Medical and sanitary report of the native army of Bengal for the year
Year: 1875
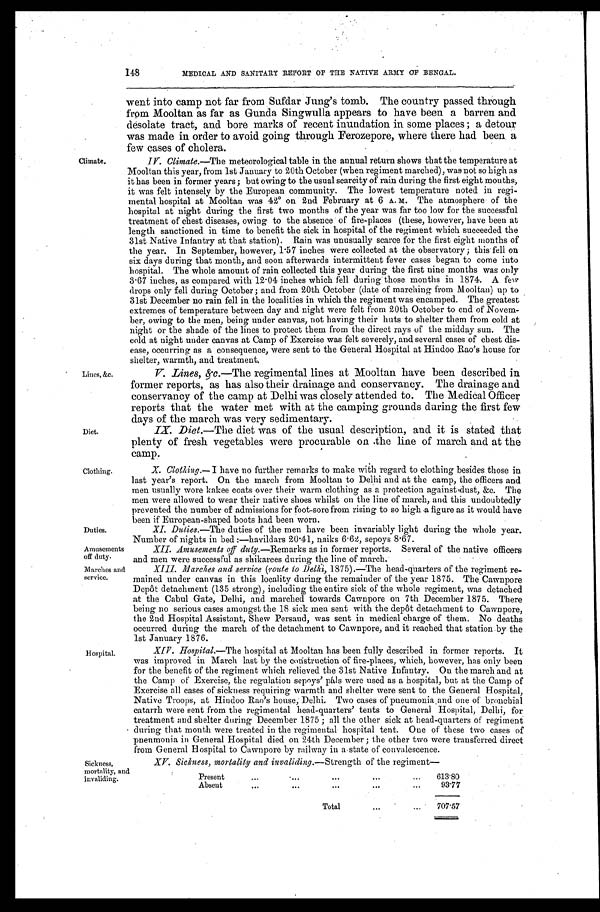
Amusements
off duty.
Marches and
service.
148
MEDICAL AND SANITARY REPORT OF THE NATIVE ARMY OF BENGAL.
Climate.
Lines, &c.
Diet.
Clothing.
Duties.
went into camp not far from Sufdar Jung's tomb. The country passed through
from Mooltan as far as Gunda Singwulla appears to have been a barren and
desolate tract, and bore marks of recent inundation in some places; a detour
was made in order to avoid going through Ferozepore, where there had been a
few cases of cholera.
IV. Climate .—The meteorological table in the annual return shows that the temperature at
Mooltan this year, from 1st January to 20th October (when regiment marched), was not so high as
it has been in former years; but owing to the usual scarcity of rain during the first eight mouths,
it was felt intensely by the European community. The lowest temperature noted in regi
-mental hospital at Mooltan was 4 2° o n 2 n d F e b r u a r y a t 6 A . M . T h e a t m o s p h e r e o f t h e
hospital at night during the first two months of the year was far too low for the successful
treatment of chest diseases, owing to the absence of fire-places (these, however, have been at
length sanctioned in time to benefit the sick in hospital of the regiment which succeeded the
31st Native Infantry at that station). Rain was unusually scarce for the first eight months of
t he year. In Sept ember, however, 1. 57 i nches were col l ect ed at t he observat ory; t hi s fel l on
six days during that month, and soon afterwards intermittent fever cases began to come into
hospital. The whole amount of rain collected this year during the first nine months was only
3.67 inches, as compared with 12.04 inches which fell during those months in 1874. A few
drops only fell during October; and from 20th October (date of marching from Mooltan) up to
31st December no rain fell in the localities in which the regiment was encamped. The greatest
extremes of temperature between day and night were felt from 20th October to end of Novem
-ber, owing to the men, being under canvas, not having their huts to shelter them from cold at
night or the shade of the lines to protect them from the direct rays of the midday sun. The
cold at night under canvas at Camp of Exercise was felt severely, and several cases of chest dis
-ease, occurring as a consequence, were sent to the General Hospital at Hindoo Rao's house for
shelter warmth and treatment.
V. Lines, &c.—The regimental lines at Mooltan have been described in
former reports, as has also their drainage and conservancy. The drainage and
conservancy of the camp at Delhi was closely attended to. The Medical Officer
reports that the water met with at the camping grounds during the first few
days of the march was very sedimentary.
Diet .—The diet was of the usual description, and it is stated that
plenty of fresh vegetables were procurable on the line of march and at the
camp.
X. Clothing.— I have no further remarks to make with regard to clothing besides those in
last year's report. On the march from Mooltan to Delhi and at the camp, the officers and
men usually wore kakee coats over their warm clothing as a protection against dust, &c. The
men were allowed to wear their native shoes whilst on the line of march, and this undoubtedly
prevented the number of admissions for foot-sore from rising to so high a figure as it would have
been if European-shaped boots had been worn.
XI. Duties .—The duties of the men have been invariably light during the whole year.
Number of nights in bed:—havildars 20.41, naiks 6.62, sepoys 8.67.
Hospital.
Sickness,
mortality, and
invaliding.
XII. Amusements off duty.—Remarks as in former reports. Several of the native officers
and men were successful as shikarees during the line of march.
XIII. Marches and service (route to Delhi, 1875).—The head-quarters of the regiment re
-mained under canvas in this locality during the remainder of the year 1875. The Cawnpore
Depôt detachment (135 strong), including the entire sick of the whole regiment, was detached
at the Cabul Gate, Delhi, and marched towards Cawnpore on 7th December 1875. There
being no serious cases amongst the 18 sick men sent with the depôt detachment to Cawnpore,
the 2nd Hospital Assistant, Shew Persaud, was sent in medical charge of them. No deaths
occurred during the march of the detachment to Cawnpore, and it reached that station by the
1st January 1876.
Hospital.—The hospital at Mooltan has been fully described in former reports. It
was improved in March last by the construction of fire-places, which, however, has only been
for the benefit of the regiment which relieved the 31st Native Infantry. On the march and at
the Camp of Exercise, the regulation sepoys' páls were used as a hospital, but at the Camp of
Exercise all cases of sickness requiring warmth and shelter were sent to the General Hospital,
Native Troops, at Hindoo Rao's house, Delhi. Two cases of pueumonia and one of bronchial
catarrh were sent from the regimental head-quarters' tents to General Hospital, Delhi, for
treatment and shelter during December 1875; all the other sick at head-quarters of regiment
during that month were treated in the regimental hospital tent. One of these two cases of
pneumonia in General Hospital died on 24th December; the other two were transferred direct
from General Hospital to Cawnpore by railway in a state of convalescence.
XV. Sickness, mortality and invaliding .—Strength of the regiment
Present . . .
613.80
Absent . . .
93.77
Total . . .
707.57